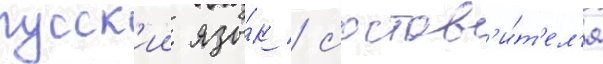
русск'ии язы́к / состав'и́т'ел'я